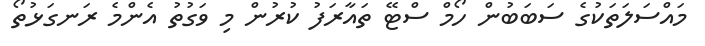
މައްސަލަތަކުގެ ސަބަބުން ހޯމް ސްޓޭ ތައާރަފު ކުރުން މި ވަގުތު އެންމެ ރަނގަޅުތޯ